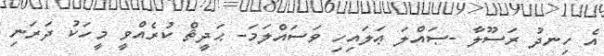
އެ ހިނދު ރަސޫލާ -ޞައްލަ ޢަލައިހި ވަސައްލަމަ- ޙަދީޘް ކުރެއްވީ މީހަކު ދަރަނި